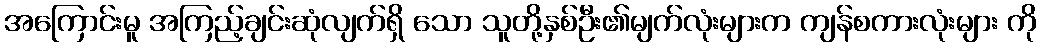
အကြောင်းမူ အကြည့်ချင်းဆုံလျက်ရှိ သော သူတို့နှစ်ဦး၏မျက်လုံးများက ကျန်စကားလုံးများ ကို